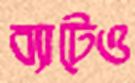
ব্যাটেও